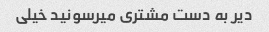
دیر به دست مشتری میرسونید خیلی